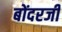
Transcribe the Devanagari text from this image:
बोंदरजी